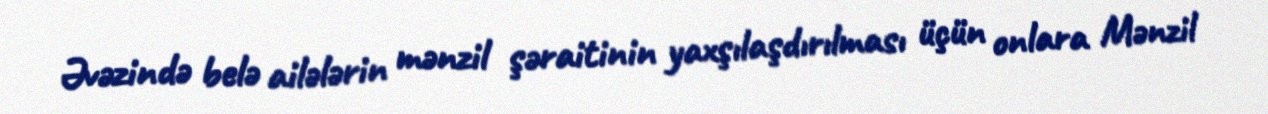
Əvəzində belə ailələrin mənzil şəraitinin yaxşılaşdırılması üçün onlara Mənzil